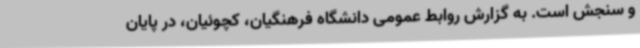
و سنجش است. به گزارش روابط عمومی دانشگاه فرهنگیان، کچوئیان، در پایان